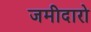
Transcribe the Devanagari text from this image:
जमीदारो